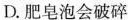
D.肥皂泡会破碎